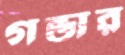
গন্ডার